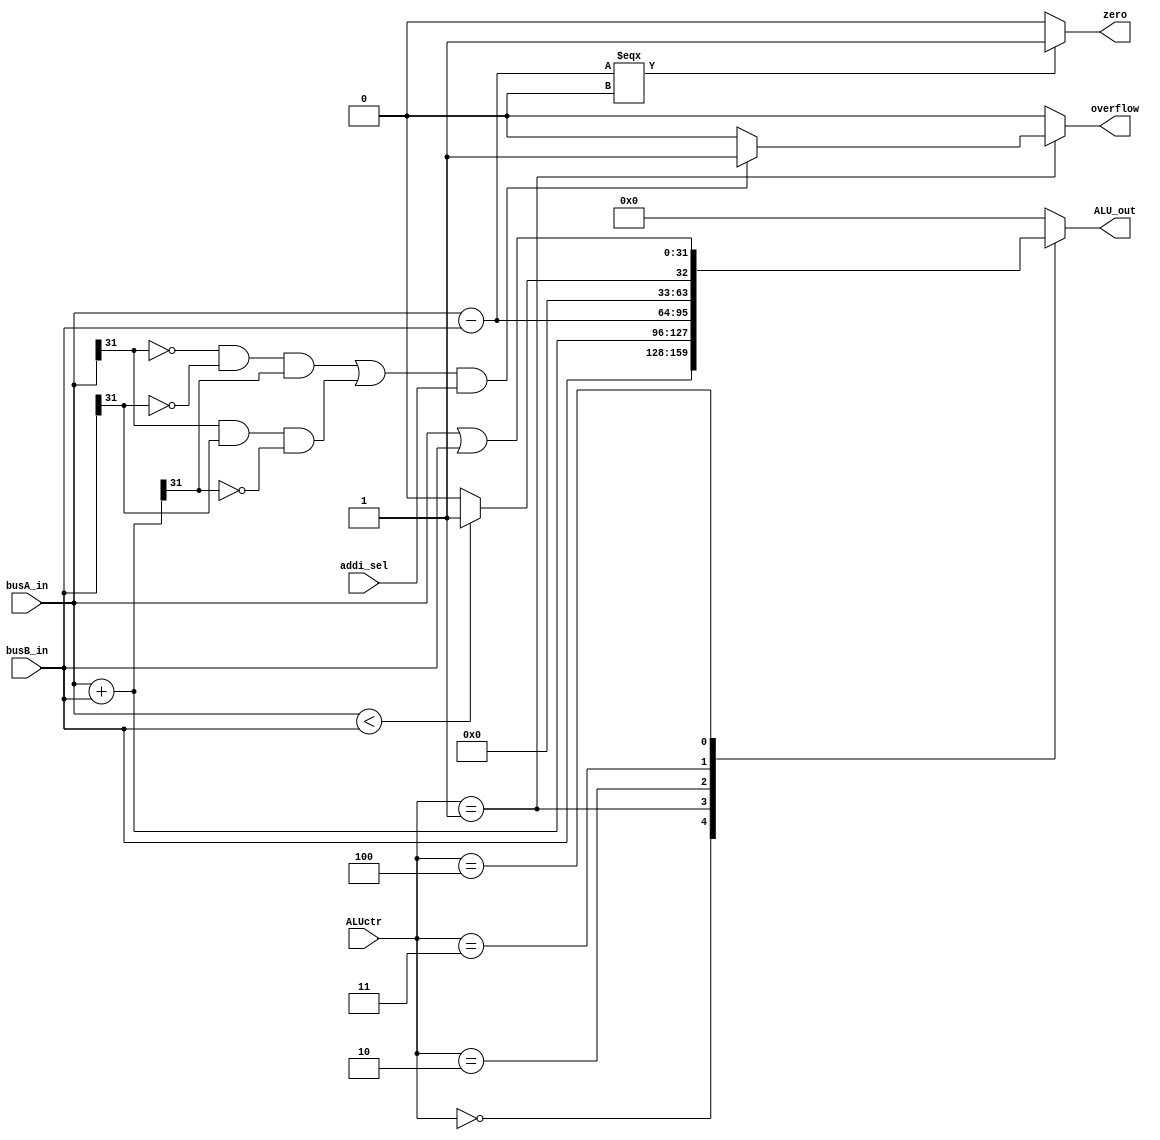
module ALU_module(busA_in, busB_in, ALUctr, ALU_out, zero, overflow, addi_sel);
    input [31:0]busA_in;
    input [31:0]busB_in;
    input [2:0]ALUctr;
    input addi_sel;
    output [31:0]ALU_out;
    output zero, overflow;
    reg [31:0]ALU_out;
    reg [31:0]tmp;
    reg overflow;
    reg slt_sel;
    assign zero = (busA_in - busB_in) === 0 ? 1 : 0;
    always @ (*)
        case(ALUctr)
        3'b000: begin
                ALU_out = busB_in;                     // lui
                overflow = 0;
                end
        3'b001: 
	             begin
	             tmp = busA_in + busB_in;
	             if(((busA_in[31] == 1'b0 && busB_in[31] == 1'b0 && tmp[31] == 1'b1)||(busA_in[31] == 1'b1 
	                  && busB_in[31] == 1'b1 && tmp[31] == 1'b0)) && addi_sel)
		           overflow = 1; 
	             else overflow = 0;
               ALU_out = busA_in + busB_in;              // addu, addi, addiu, lw, sw
	             end
	         
        3'b010: begin
                ALU_out = busA_in - busB_in;    
                overflow = 0;  
                end    // subu, beq
	      3'b011: begin
	         if($signed(busA_in) < $signed(busB_in))
		          ALU_out = 1;                          // slt
	       	 else ALU_out = 0;
	       	 overflow = 0;
	       	 end
        3'b100: begin
           ALU_out = busA_in | busB_in;          // ori
           overflow = 0;
           end
           default: begin
           ALU_out = 0;
           overflow = 0;
           end
       endcase
endmodule